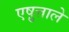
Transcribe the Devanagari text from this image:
एष़ुत्ताले